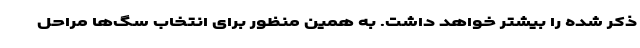
ذکر شده را بیشتر خواهد داشت. به همین منظور برای انتخاب سگ‌ها مراحل